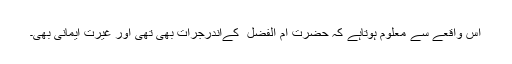
اس واقعے سے معلوم ہوتاہے کہ حضرت ام الفضل ؓ کےاندرجرات بھی تھی اور غیرت ایمانی بھی۔